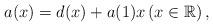
LaTeX: \begin{align*} a(x)=d(x)+a(1)x \left(x\in \mathbb{R}\right), \end{align*}